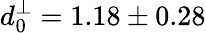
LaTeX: d_{0}^{\perp}=1.18\pm 0.28